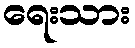
ရေးသား